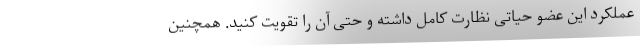
عملکرد این عضو حیاتی نظارت کامل داشته و حتی آن را تقویت کنید. همچنین